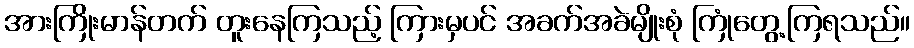
အားကြိုးမာန်တက် တူးနေကြသည့် ကြားမှပင် အခက်အခဲမျိုးစုံ ကြုံတွေ့ကြရသည်။